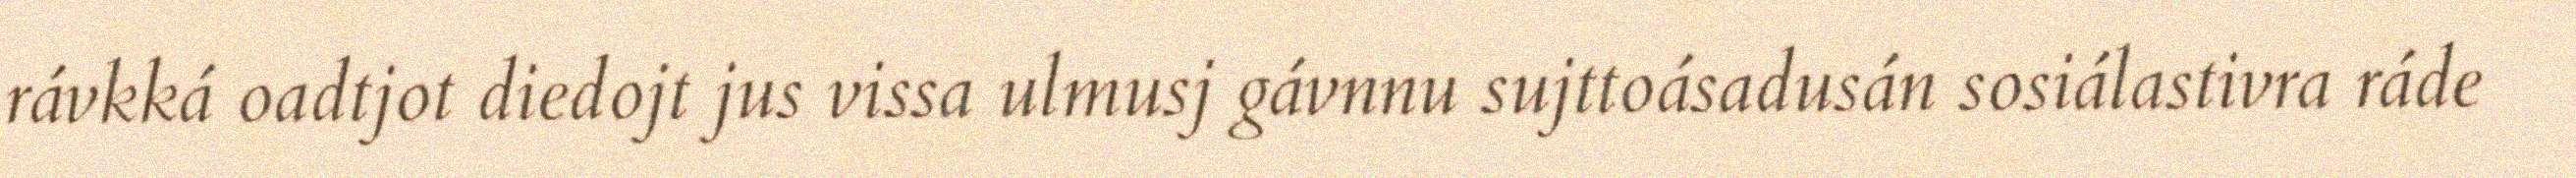
rávkká oadtjot diedojt jus vissa ulmusj gávnnu sujttoásadusán sosiálastivra ráde